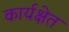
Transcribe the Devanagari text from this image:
कार्यक्षेत